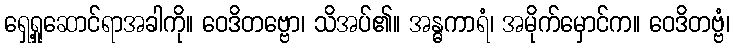
ရှေ့ရှုဆောင်ရာအခါကို။ ဝေဒိတဗ္ဗော၊ သိအပ်၏။ အန္ဓကာရံ၊ အမိုက်မှောင်က။ ဝေဒိတဗ္ဗံ၊